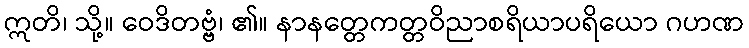
ဣတိ၊ သို့။ ဝေဒိတဗ္ဗံ၊ ၏။ နာနတ္တေကတ္တဝိညာစရိယာပရိယော ဂဟဏ